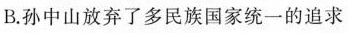
B.孙中山放弃了多民族国家统一的追求